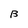
Character: B